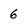
Character: 6